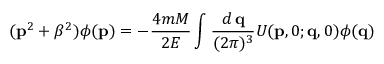
( { \bf p } ^ { 2 } + \beta ^ { 2 } ) \phi ( { \bf p } ) = - \frac { 4 m M } { 2 E } \int \frac { d \, { \bf q } } { ( 2 \pi ) ^ { 3 } } U ( { \bf p } , 0 ; { \bf q } , 0 ) \phi ( { \bf q } )